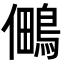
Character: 𭀈